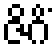
ဇိဂိံ